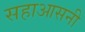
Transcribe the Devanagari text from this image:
सहाआसनी